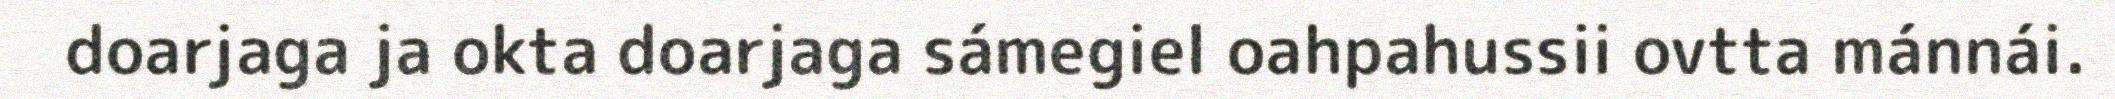
doarjaga ja okta doarjaga sámegiel oahpahussii ovtta mánnái.